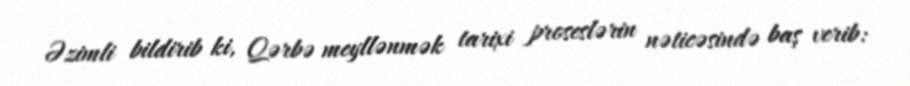
Əzimli bildirib ki, Qərbə meyllənmək tarixi proseslərin nəticəsində baş verib: